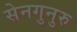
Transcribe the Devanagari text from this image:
सेनगुनुरु